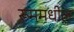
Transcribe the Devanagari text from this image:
रूममधील